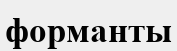
форманты